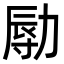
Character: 𠢑